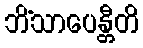
ဘိံသာပေန္တီတိ